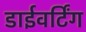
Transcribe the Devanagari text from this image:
डाईवर्टिंग